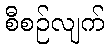
စီစဉ်လျက်